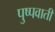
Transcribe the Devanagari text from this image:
पुष्पवाती